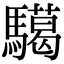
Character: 𩦞